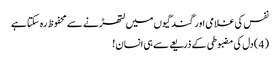
نفس کی غلامی اور گندگیوں میں لتھڑنے سے محفوظ رہ سکتا ہے
( 4 ) دل کی مضبوطی کے ذریعے سے ہی انسان !